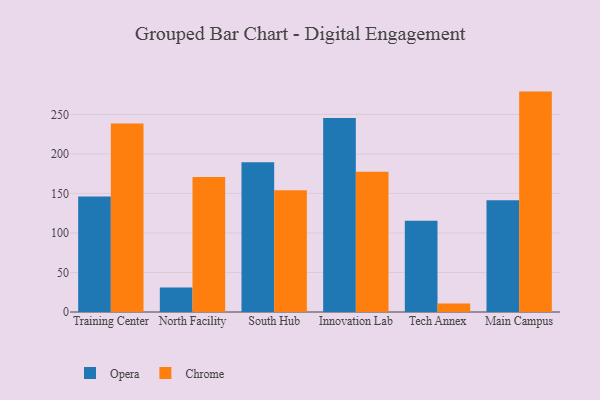
{"axis": {"x": "Campus", "y": "Net Income (USD K)"}, "legend": ["Chrome", "Opera"], "data": [{"x": "Training Center", "y": 146.1, "type": "Opera"}, {"x": "Training Center", "y": 238.4, "type": "Chrome"}, {"x": "North Facility", "y": 31.0, "type": "Opera"}, {"x": "North Facility", "y": 170.8, "type": "Chrome"}, {"x": "South Hub", "y": 189.6, "type": "Opera"}, {"x": "South Hub", "y": 154.0, "type": "Chrome"}, {"x": "Innovation Lab", "y": 245.5, "type": "Opera"}, {"x": "Innovation Lab", "y": 177.6, "type": "Chrome"}, {"x": "Tech Annex", "y": 115.5, "type": "Opera"}, {"x": "Tech Annex", "y": 10.6, "type": "Chrome"}, {"x": "Main Campus", "y": 141.3, "type": "Opera"}, {"x": "Main Campus", "y": 278.9, "type": "Chrome"}]}